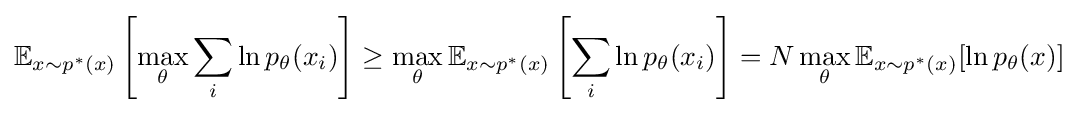
\mathbb {E} _{x\sim p^{*}(x)}\left[\max _{\theta }\sum _{i}\ln p_{\theta }(x_{i})\right]\geq \max _{\theta }\mathbb {E} _{x\sim p^{*}(x)}\left[\sum _{i}\ln p_{\theta }(x_{i})\right]=N\max _{\theta }\mathbb {E} _{x\sim p^{*}(x)}[\ln p_{\theta }(x)]